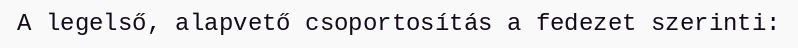
A legelső, alapvető csoportosítás a fedezet szerinti: